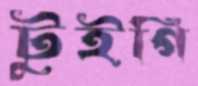
টুইগি